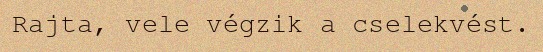
Rajta, vele végzik a cselekvést.